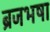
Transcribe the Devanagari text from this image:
ब्रजभषा